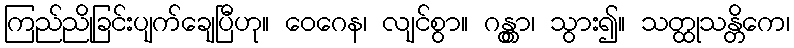
ကြည်ညိုခြင်းပျက်ချေပြီဟု။ ဝေဂေန၊ လျင်စွာ။ ဂန္တွာ၊ သွား၍။ သတ္ထုသန္တိကေ၊